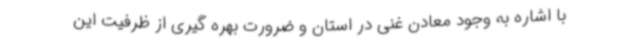
با اشاره به وجود معادن غنی در استان و ضرورت بهره گیری از ظرفیت این